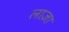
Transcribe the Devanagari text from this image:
लाज़ा